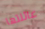
عائلتها